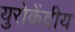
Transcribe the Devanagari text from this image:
युरोकेंद्रीय